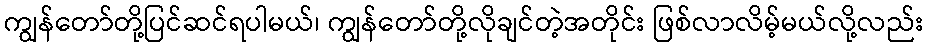
ကျွန်တော်တို့ပြင်ဆင်ရပါမယ်၊ ကျွန်တော်တို့လိုချင်တဲ့အတိုင်း ဖြစ်လာလိမ့်မယ်လို့လည်း